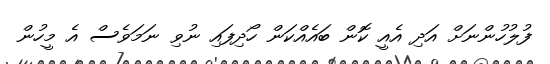
ފުލުހުންނަށް އަދި އެއީ ކޮން ބައެއްކަން ހޯދިފައި ނުވި ނަމަވެސް އެ މީހުން